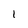
Character: 1